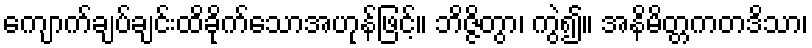
ကျောက်ချပ်ချင်းထိခိုက်သောအဟုန်ဖြင့်။ ဘိဇ္ဇိတွာ၊ ကွဲ၍။ အနိမိတ္တကတဒိသာ၊